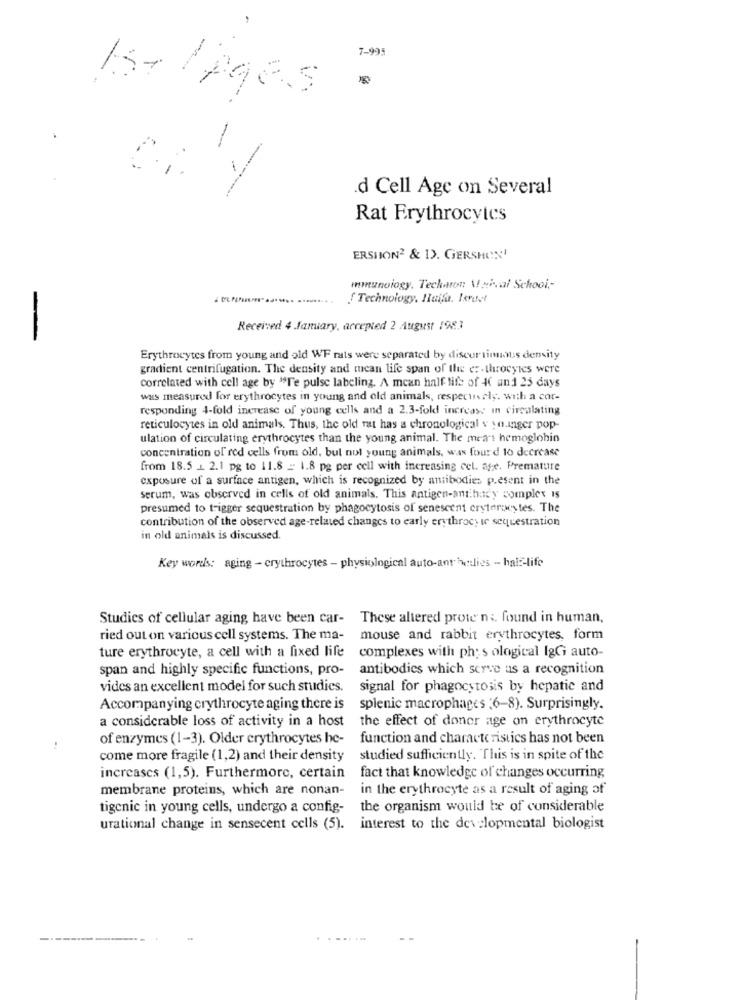
-
7-995
IST Ages
-
-
.d Cell Age on Several
Rat Erythrocytes
ERSHION2 & 1). GERSHON'
mmunoiogy. Techaron \ "ical School ,-
! Technology, Haifa. Itrust
Received 4 January, accepted 2 August 1983
Erythrocytes from young and old WF rats were separated by discortinuous density
gradient centrifugation. The density and mean life span of the e :- throcyics were
correlated with cell age by "Te pulse labeling. A mean half life of 4€ an 1 25 days
was measured for erythrocytes in young and old animals, respectively. with a cor-
responding 4-fold increase of young cells and a 2.3-fold increase in circulating
reticulocytes in old animals. Thus, the old rat has a chronological v ya.inger pop-
ulation of circulating erythrocytes than the young animal. The means hemoglobin
concentration of red cells from old, but not young animals, was fourd to decrease
from 18.5 L. 2.1 pg to 11.8 = 1.8 pg per cell with increasing cel. age. Premature
exposure of a surface antigen, which is recognized by antibodies present in the
serum, was observed in cells of old animals. This antigen-ant.bady complex is
presumed to trigger sequestration by phagocytosis of senescent crytergestes. The
contribution of the observed age-related changes to early erythrocy te sequestration
in old animals is discussed.
Key words: aging - erythrocytes - physiological auto-ant dies - half-life
Studies of cellular aging have been car- These altered prote n&. found in human,
ried out on various cell systems. The ma-
mouse and rabbit erythrocytes, form
ture erythrocyte, a cell with a fixed life
complexes with ph; s ological IgGi auto-
span and highly specific functions, pro-
antibodies which serve us a recognition
vides an excellent model for such studies.
signal for phagocytosis by hepatic and
Accompanying crythrocyte aging there is
splenic macrophages (6-8). Surprisingly.
a considerable loss of activity in a host
the effect of donor age on erythrocyte
of enzymes (1-3). Older erythrocytes he-
function and characteristics has not been
come more fragile (1,2) and their density
studied sufficiently. This is in spite of the
increases (1,5). Furthermore, certain
fact that knowledge of changes occurring
membrane proteins, which are nonan-
in the erythrocyte as a result of aging of
tigenic in young cells, undergo a config-
the organism would be of considerable
urational change in sensecent cells (5). interest to the developmental biologist